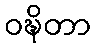
ဝဍ္ဎိတာ